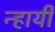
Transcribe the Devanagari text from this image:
न्हायी